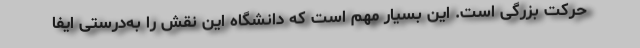
حرکت بزرگی است. این بسیار مهم است که دانشگاه این نقش را به‌درستی ایفا